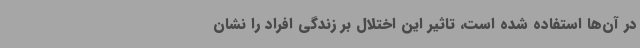
در آن‌ها استفاده شده است، تاثیر این اختلال بر زندگی افراد را نشان